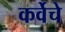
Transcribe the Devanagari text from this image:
कर्वेचे